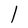
Character: l